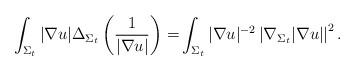
LaTeX: \begin{align*}\int_{\Sigma_t} |\nabla u| \Delta_{\Sigma_t} \left( \frac{1}{|\nabla u|} \right)=& \int_{\Sigma_t} |\nabla u|^{-2} \left| \nabla_{\Sigma_t} {|\nabla u|} \right|^{2} .\end{align*}